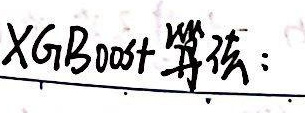
XGBoost算法: